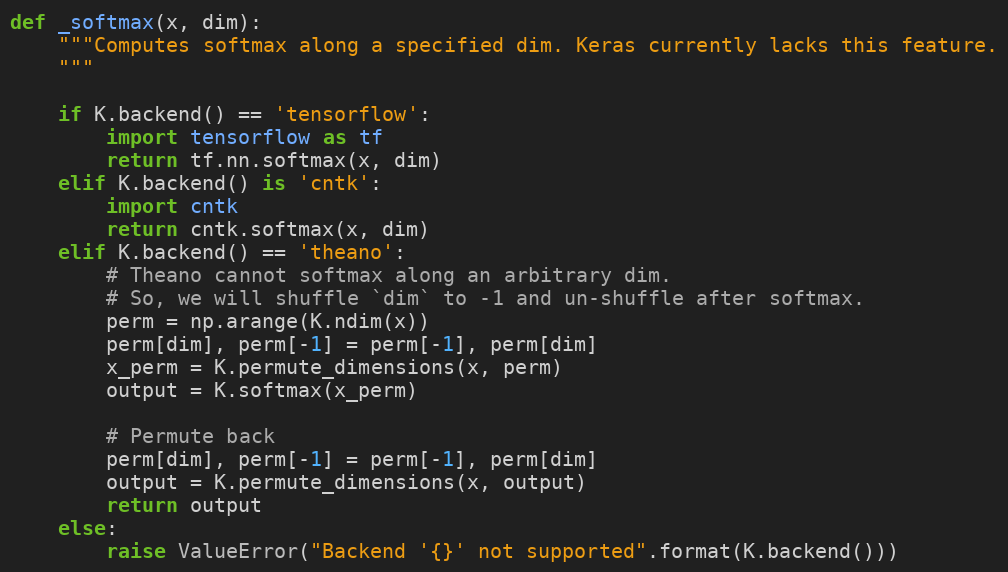
Language: Python
def _softmax(x, dim):
    """Computes softmax along a specified dim. Keras currently lacks this feature.
    """

    if K.backend() == 'tensorflow':
        import tensorflow as tf
        return tf.nn.softmax(x, dim)
    elif K.backend() is 'cntk':
        import cntk
        return cntk.softmax(x, dim)
    elif K.backend() == 'theano':
        # Theano cannot softmax along an arbitrary dim.
        # So, we will shuffle `dim` to -1 and un-shuffle after softmax.
        perm = np.arange(K.ndim(x))
        perm[dim], perm[-1] = perm[-1], perm[dim]
        x_perm = K.permute_dimensions(x, perm)
        output = K.softmax(x_perm)

        # Permute back
        perm[dim], perm[-1] = perm[-1], perm[dim]
        output = K.permute_dimensions(x, output)
        return output
    else:
        raise ValueError("Backend '{}' not supported".format(K.backend()))